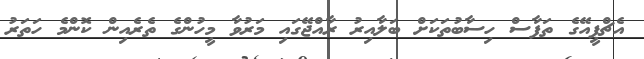
އެޗްޕީއޭގެ ތަފާސް ހިސާބުތަކަށް ބަލާއިރު ރާއްޖޭގައި މަރުވާ މީހުންގެ ތެރެއިން ކޮންމެ ހަތަރު